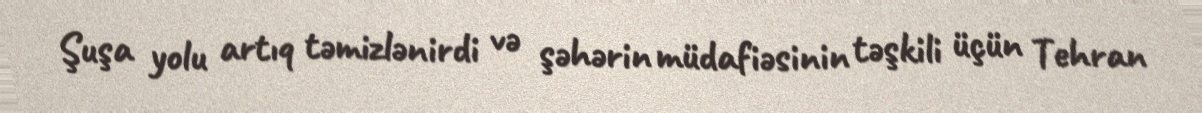
Şuşa yolu artıq təmizlənirdi və şəhərin müdafiəsinin təşkili üçün Tehran